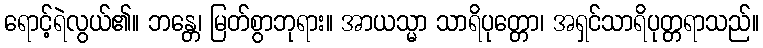
ရောင့်ရဲလွယ်၏။ ဘန္တေ၊ မြတ်စွာဘုရား။ အာယသ္မာ သာရိပုတ္တော၊ အရှင်သာရိပုတ္တရာသည်။